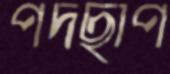
পদছাপ